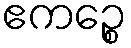
ဧကဉ္စေ